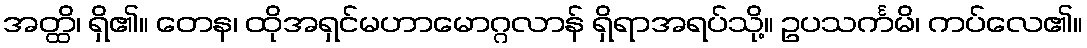
အတ္ထိ၊ ရှိ၏။ တေန၊ ထိုအရှင်မဟာမောဂ္ဂလာန် ရှိရာအရပ်သို့။ ဥပသင်္ကမိ၊ ကပ်လေ၏။